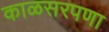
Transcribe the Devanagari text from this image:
काळसरपणा